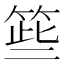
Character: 𱸈